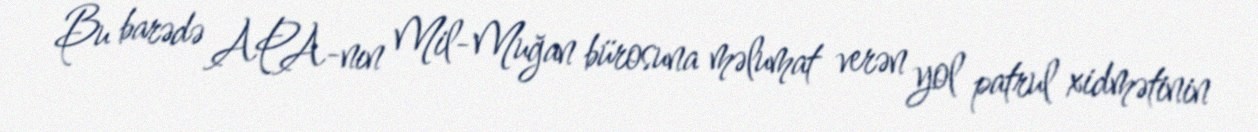
Bu barədə APA-nın Mil-Muğan bürosuna məlumat verən yol patrul xidmətinin